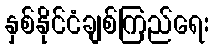
နှစ်နိုင်ငံချစ်ကြည်ရေး